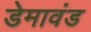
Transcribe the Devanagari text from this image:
डेमावंड